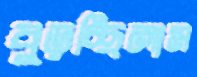
বুড়চ্ছিলাম